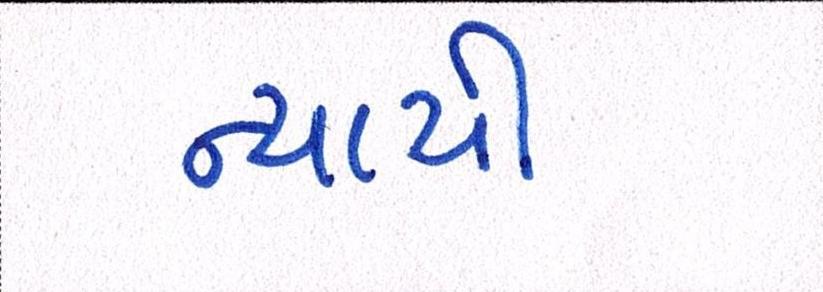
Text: ન્યાયી